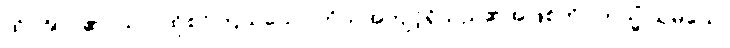
ထိုပုဂ္ဂိုလ်၏။ သာ၊ ထိုစင်ကြယ်သော ကိုယ်အကျင့်ရှိသည်၏အဖြစ်ကို။ တသ္မိံ သမယေ၊